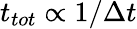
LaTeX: t_{tot}\propto 1/\Delta t